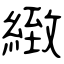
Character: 緻